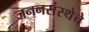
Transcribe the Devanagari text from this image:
जननसंस्थेचे